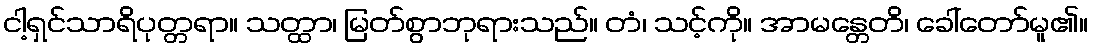
ငါ့ရှင်သာရိပုတ္တရာ။ သတ္ထာ၊ မြတ်စွာဘုရားသည်။ တံ၊ သင့်ကို။ အာမန္တေတိ၊ ခေါ်တော်မူ၏။